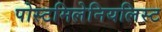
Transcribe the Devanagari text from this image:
पोस्टमिलेनियलिस्ट